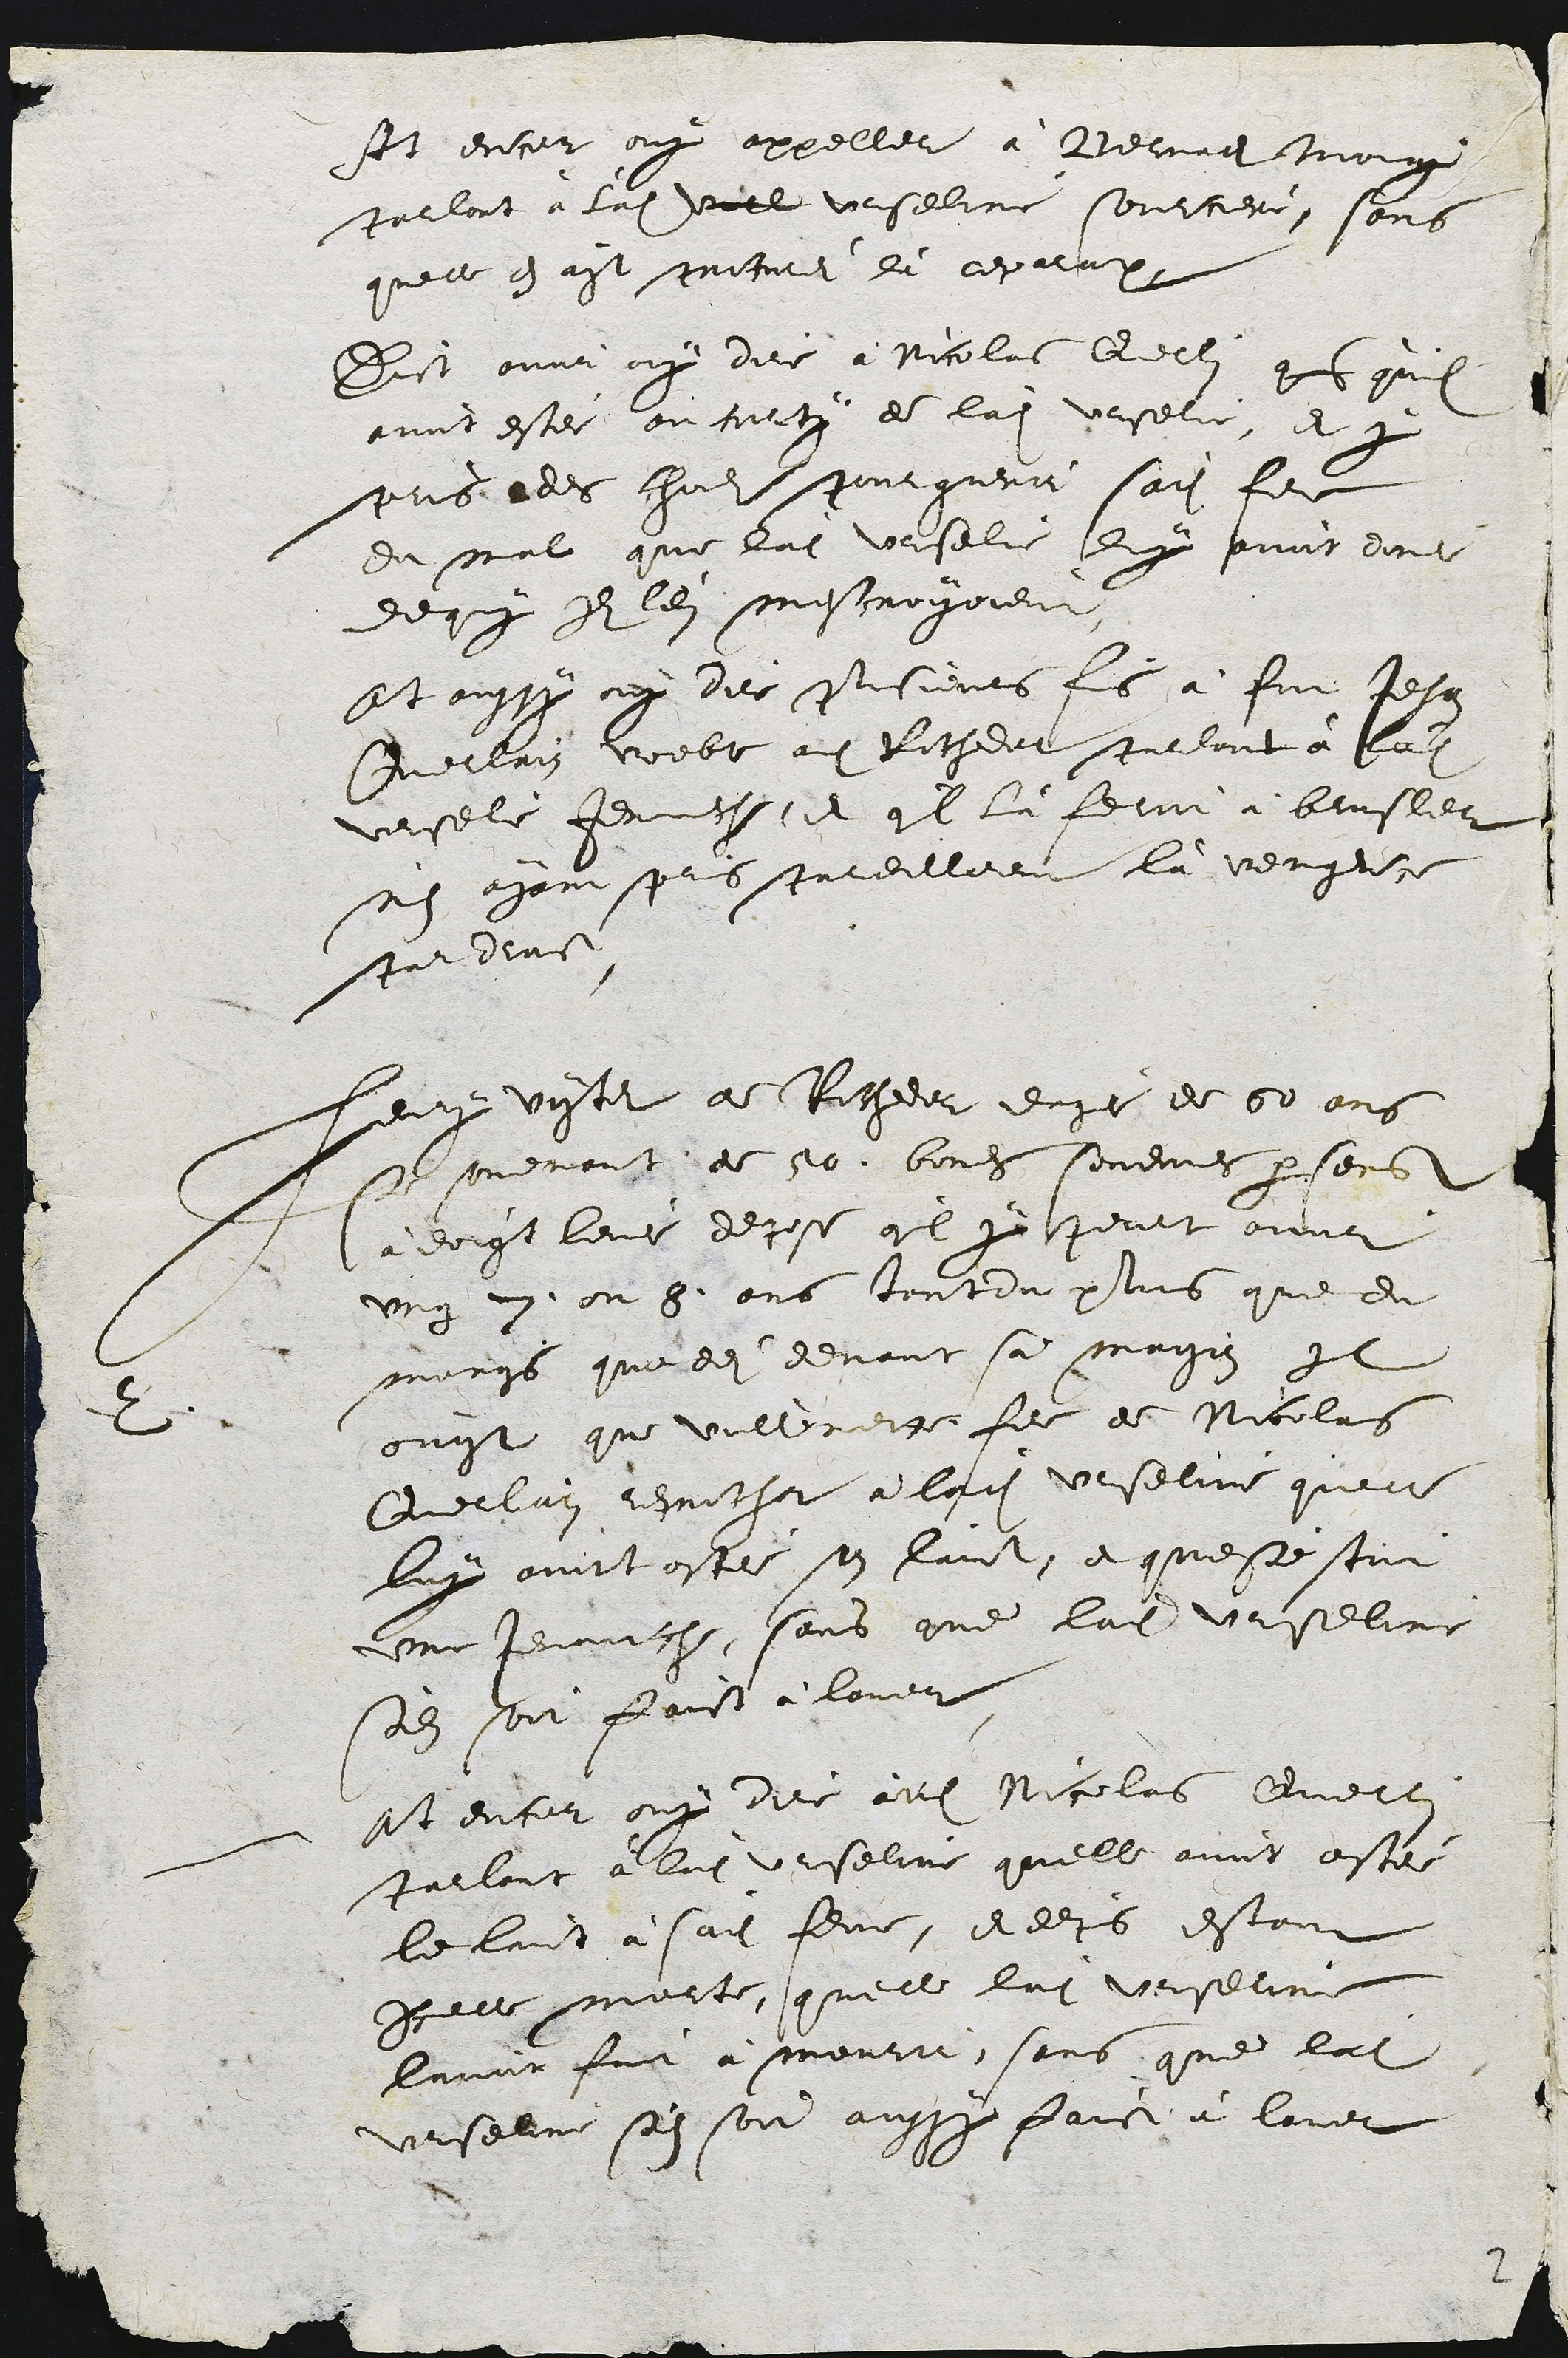
St encor ouy appeller à Bernadit moing
parlant à ladite viel urseline sourciere, sans
quelle en ayt pricurei là reparataon
Dict ounr ouy dire a Nicolat Qerlen q qu'ils
avoit estei ou corty de ladite vrselie, et p
pris ades hods pourguenir sadite fee
du mal que ladite Urselie luy avoit done
dequy cu len mescroyoient
et aussy ouy de Pisieurs fis à futJehan
Querrain voeble adit Rochedet parlant à ladite
vrsele Jenuiche, et quil là feroit a brusler
ne ayant pris pardilleent là vengence
pardins
2
eury vister ae Ritheeer eagé de 50 ans
s couenant de 50. bones sondmes parsens
à doigt leus depose quil y peurt avoir
ung 3. ou 8. ans tantdu plus que de
mangis que dei devant sa maison Il
ovot que vulleneite fill de Nicolas
Querlain remocher à ladite Urseline quelle
luy avoit ostéi son laict, et queste stoit
une jenache, sans que ladite Urseline
sodit soit faict a lover
est encur ouy dire audit Nicolas Quelle
parlant a ladit Urseline quelle avoit ostee
le luit à sadite feme, et deps estant
Icelle morte, qu'elle ladite Urserine
lumor fut a mourir, sans que ladite
urselne son soit aussy faict à lavet

2